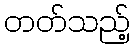
တတ်သည့်